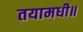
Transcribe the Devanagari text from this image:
तयामधी॥